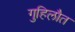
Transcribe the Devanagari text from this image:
गुहिलौत